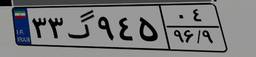
۳۳گ۹۴۵۰۴